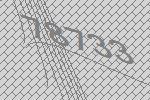
78733